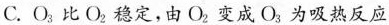
C.O_{3}比O_{2}稳定，由0_{2}变成O_{3}为吸热反应